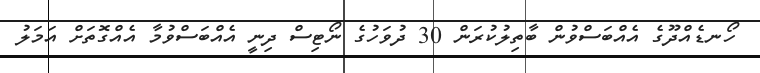
ހޯނޑެއްދޫގެ އެއްބަސްވުން ބާތިލުކުރަން 30 ދުވަހުގެ ނޯޓިސް ދިނީ އެއްބަސްވުމާ އެއްގޮތަށް އަމަލު